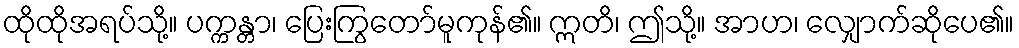
ထိုထိုအရပ်သို့။ ပက္ကန္တာ၊ ပြေးကြွတော်မူကုန်၏။ ဣတိ၊ ဤသို့။ အာဟ၊ လျှောက်ဆိုပေ၏။